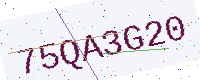
Text: 75QA3G20